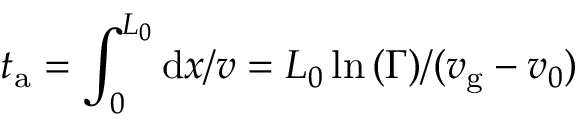
t _ { \mathrm { a } } = \int _ { 0 } ^ { L _ { 0 } } \mathrm { d } x / v = L _ { 0 } \ln { ( \Gamma ) } / ( v _ { \mathrm { g } } - v _ { 0 } )